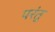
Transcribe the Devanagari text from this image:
परंतु